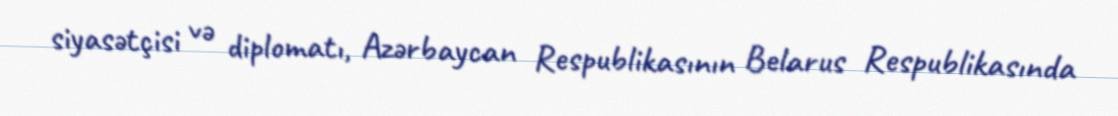
siyasətçisi və diplomatı, Azərbaycan Respublikasının Belarus Respublikasında